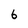
Character: 6